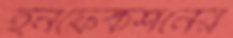
ইনফেকশনের